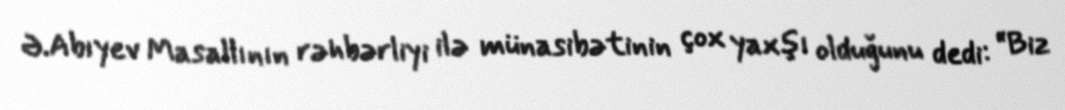
Ə.Abıyev Masallının rəhbərliyi ilə münasibətinin çox yaxşı olduğunu dedi: “Biz